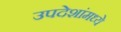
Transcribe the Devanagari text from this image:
उपदेशांमध्ये